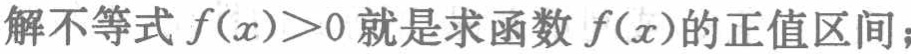
\(a^{2}+b^{2}>144\)